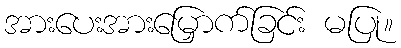
အားပေးအားမြှောက်ခြင်း မပြု။